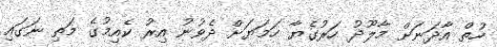
ހުތް އާދަނަށް މާލޫދު ހަރުގެޔާ ހަމަޔަށް ދެވުނު އިރު ކެއިމުގެ މަތި ނަގައި